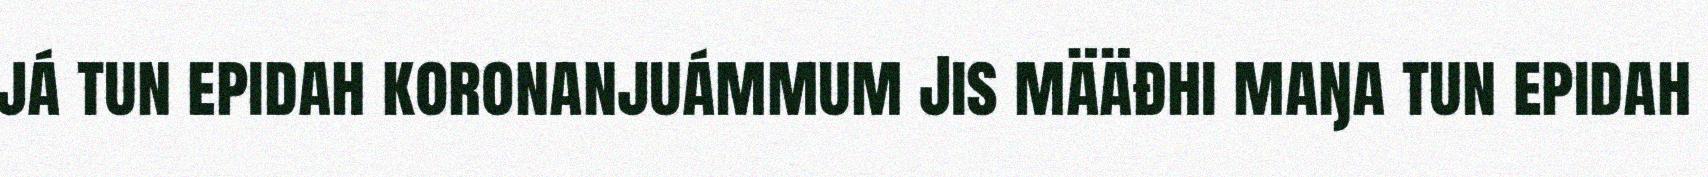
já tun epidah koronanjuámmum Jis määđhi maŋa tun epidah